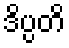
ဒိပ္ပတိ